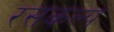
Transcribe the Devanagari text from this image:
रसकल्प